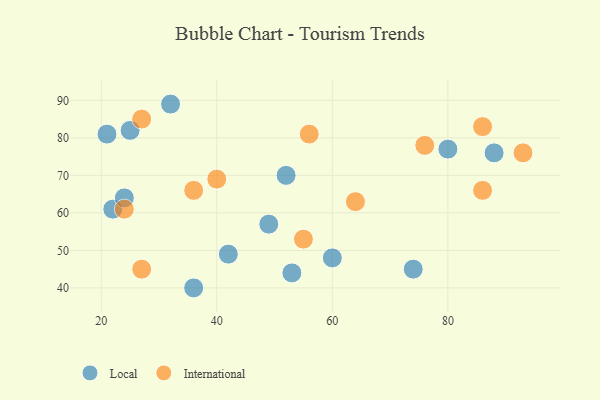
{"axis": {"x": "GDP", "y": "Life Expectancy"}, "legend": ["International", "Local"], "data": [{"x": "53", "y": 44, "type": "Local"}, {"x": "22", "y": 61, "type": "Local"}, {"x": "36", "y": 40, "type": "Local"}, {"x": "49", "y": 57, "type": "Local"}, {"x": "32", "y": 89, "type": "Local"}, {"x": "25", "y": 82, "type": "Local"}, {"x": "52", "y": 70, "type": "Local"}, {"x": "24", "y": 64, "type": "Local"}, {"x": "88", "y": 76, "type": "Local"}, {"x": "21", "y": 81, "type": "Local"}, {"x": "80", "y": 77, "type": "Local"}, {"x": "60", "y": 48, "type": "Local"}, {"x": "74", "y": 45, "type": "Local"}, {"x": "42", "y": 49, "type": "Local"}, {"x": "93", "y": 76, "type": "International"}, {"x": "86", "y": 83, "type": "International"}, {"x": "40", "y": 69, "type": "International"}, {"x": "56", "y": 81, "type": "International"}, {"x": "24", "y": 61, "type": "International"}, {"x": "55", "y": 53, "type": "International"}, {"x": "76", "y": 78, "type": "International"}, {"x": "36", "y": 66, "type": "International"}, {"x": "64", "y": 63, "type": "International"}, {"x": "86", "y": 66, "type": "International"}, {"x": "27", "y": 85, "type": "International"}, {"x": "27", "y": 45, "type": "International"}]}